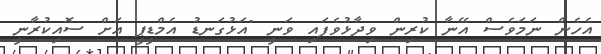
އެހެން ނަމަވެސް އޭނާ ކުރިން ވިދާޅުވެފައި ވަނީ "އަޅުގަނޑު އެމްޑީޕީ އަށް ސޮއިކުރާނީ